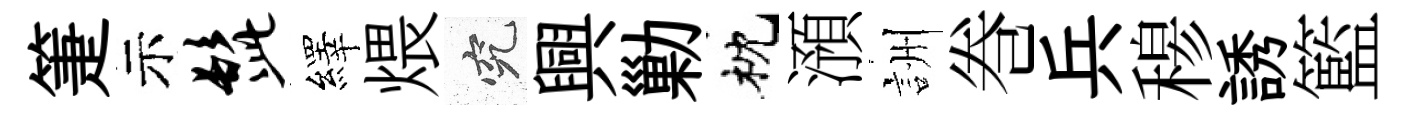
箑示髭繹煨究興勦枕澦詶巻兵𥠇誘籃